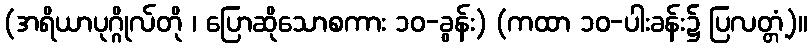
(အရိယာပုဂ္ဂိုလ်တို ၊ ပြောဆိုသောစကား ၁၀-ခွန်း) (ကထာ ၁၀-ပါးခန်း၌ ပြလတ္တံ့)။